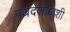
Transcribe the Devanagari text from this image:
पथदर्शकाशी